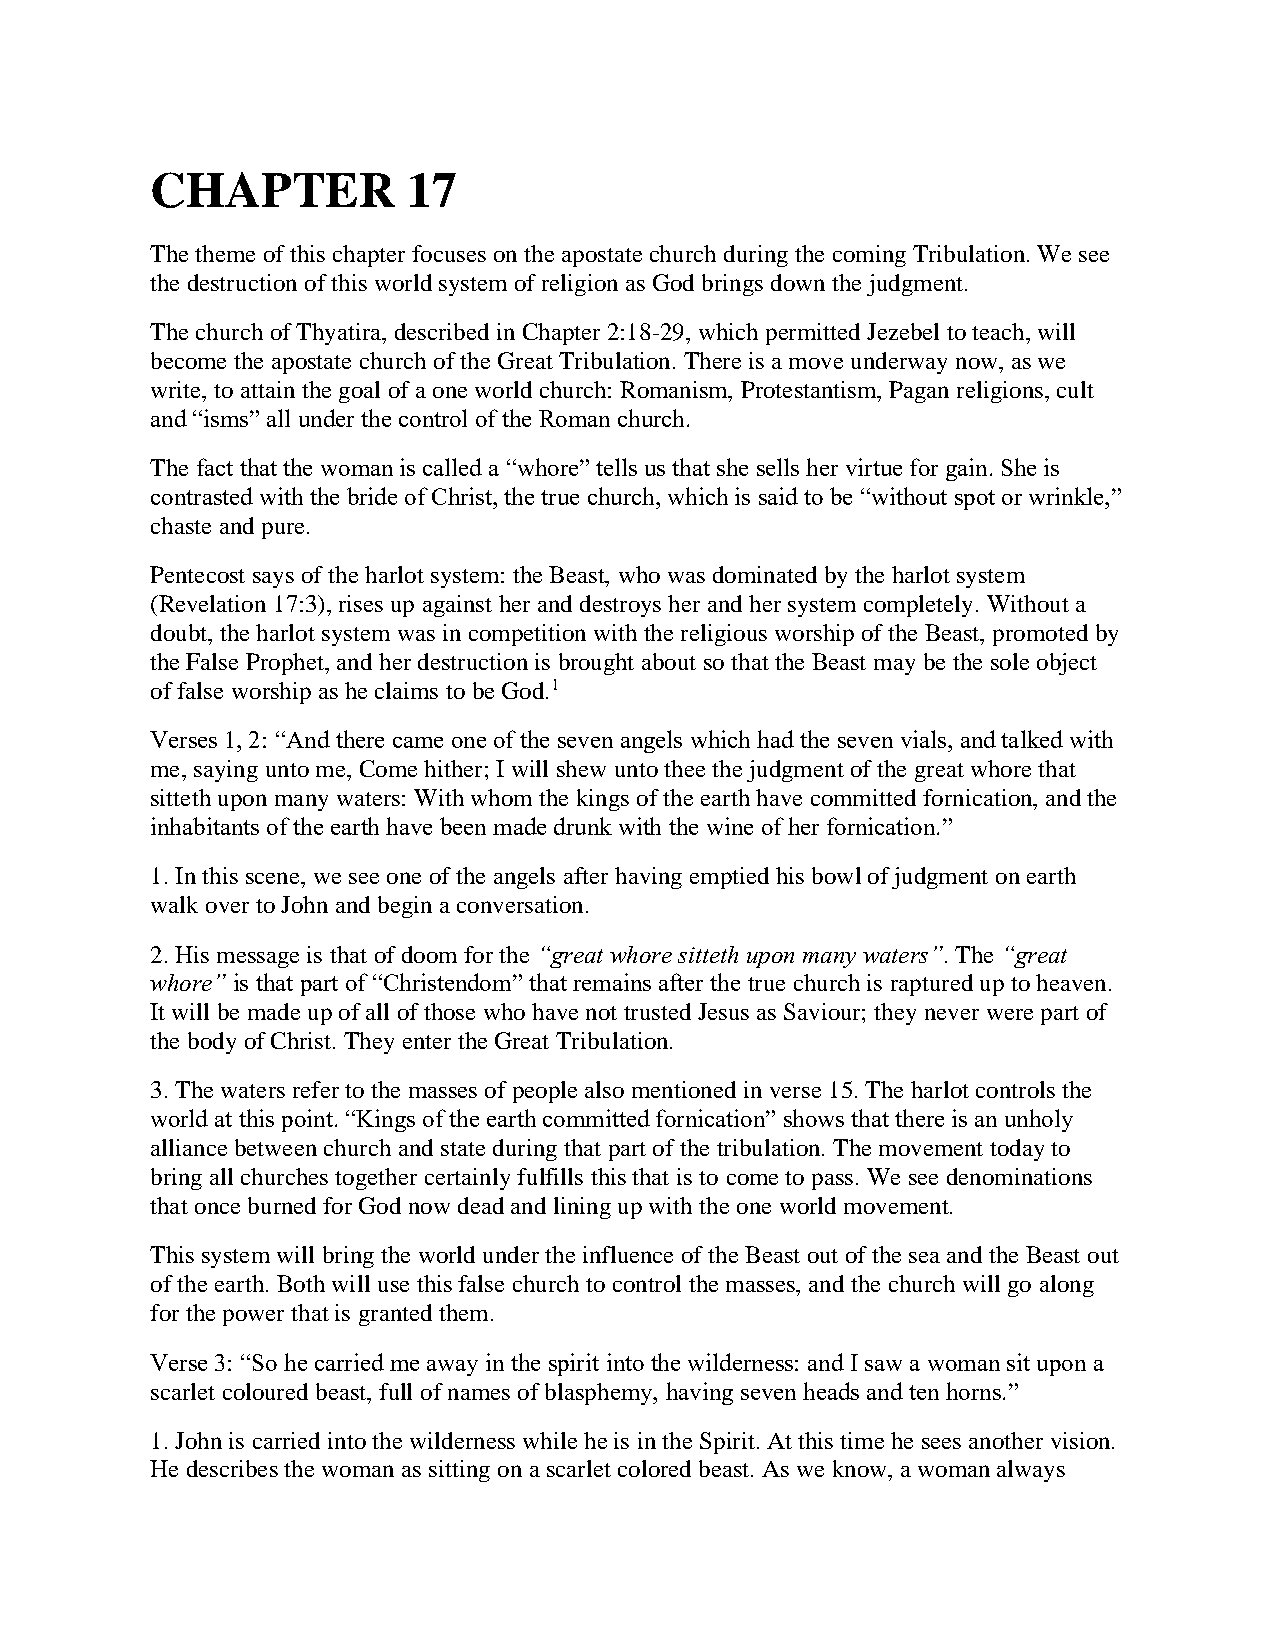
CHAPTER          17
 The theme of this chapter focuses on the apostate church during the coming Tribulation. We see
 the destruction of this world system of religion as God brings down the judgment.
 The church of Thyatira, described in Chapter 2:18-29, which permitted Jezebel to teach, will
 become the apostate church of the Great Tribulation. There is a move underway now, as we
 write, to attain the goal of a one world church: Romanism, Protestantism, Pagan religions, cult
 and “isms” all under the control of the Roman church.
 The fact that the woman is called a “whore” tells us that she sells her virtue for gain. She is
 contrasted with the bride of Christ, the true church, which is said to be “without spot or wrinkle,”
 chaste and pure.
 Pentecost says of the harlot system: the Beast, who was dominated by the harlot system
 (Revelation 17:3), rises up against her and destroys her and her system completely. Without a
 doubt, the harlot system was in competition with the religious worship of the Beast, promoted by
 the False Prophet, and her destruction is brought about so that the Beast may be the sole object
 of false worship as he claims to be God.1
 Verses 1, 2: “And there came one of the seven angels which had the seven vials, and talked with
 me, saying unto me, Come hither; I will shew unto thee the judgment of the great whore that
 sitteth upon many waters: With whom the kings of the earth have committed fornication, and the
 inhabitants of the earth have been made drunk with the wine of her fornication.”
 1. In this scene, we see one of the angels after having emptied his bowl of judgment on earth
 walk over to John and begin a conversation.
 2. His message is that of doom for the “great whore sitteth upon many waters”. The “great
 whore” is that part of “Christendom” that remains after the true church is raptured up to heaven.
 It will be made up of all of those who have not trusted Jesus as Saviour; they never were part of
 the body of Christ. They enter the Great Tribulation.
 3. The waters refer to the masses of people also mentioned in verse 15. The harlot controls the
 world at this point. “Kings of the earth committed fornication” shows that there is an unholy
 alliance between church and state during that part of the tribulation. The movement today to
 bring all churches together certainly fulfills this that is to come to pass. We see denominations
 that once burned for God now dead and lining up with the one world movement.
 This system will bring the world under the influence of the Beast out of the sea and the Beast out
 of the earth. Both will use this false church to control the masses, and the church will go along
 for the power that is granted them.
 Verse 3: “So he carried me away in the spirit into the wilderness: and I saw a woman sit upon a
 scarlet coloured beast, full of names of blasphemy, having seven heads and ten horns.”
 1. John is carried into the wilderness while he is in the Spirit. At this time he sees another vision.
 He describes the woman as sitting on a scarlet colored beast. As we know, a woman always